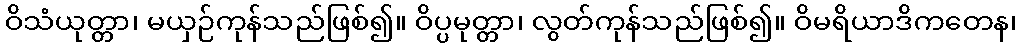
ဝိသံယုတ္တာ၊ မယှဉ်ကုန်သည်ဖြစ်၍။ ဝိပ္ပမုတ္တာ၊ လွတ်ကုန်သည်ဖြစ်၍။ ဝိမရိယာဒိကတေန၊